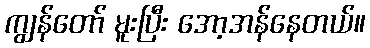
ကျွန်တော် မူးပြီး အော့အန်နေတယ်။